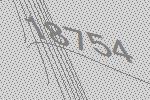
18754